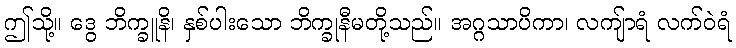
ဤသို့။ ဒွေ ဘိက္ခူနိ၊ နှစ်ပါးသော ဘိက္ခုနီမတို့သည်။ အဂ္ဂသာပိကာ၊ လကျ်ာရံ လက်ဝဲရံ